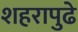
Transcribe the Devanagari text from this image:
शहरापुढे